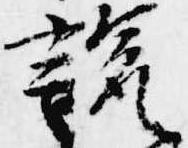
説